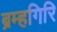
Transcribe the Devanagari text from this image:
ब्रम्हगिरि